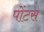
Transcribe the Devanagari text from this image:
पोंटस